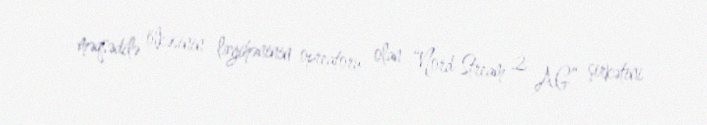
məqsədilə ölkəsinin layihəninin opreatoru olan “Nord Stream 2 AG” şirkətini